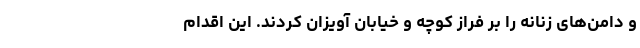
و دامن‌های زنانه را بر فراز کوچه و خیابان آویزان کردند. این اقدام